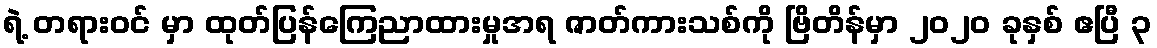
ရဲ့ တရားဝင် မှာ ထုတ်ပြန်ကြေညာထားမှုအရ ဇာတ်ကားသစ်ကို ဗြိတိန်မှာ ၂၀၂၀ ခုနှစ် ဧပြီ ၃